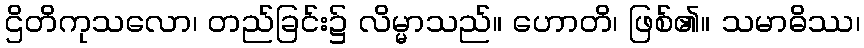
ဌိတိကုသလော၊ တည်ခြင်း၌ လိမ္မာသည်။ ဟောတိ၊ ဖြစ်၏။ သမာဓိဿ၊